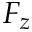
F _ { z }